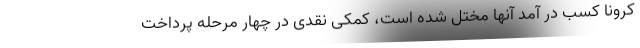
کرونا کسب در آمد آنها مختل شده است، کمکی نقدی در چهار مرحله پرداخت